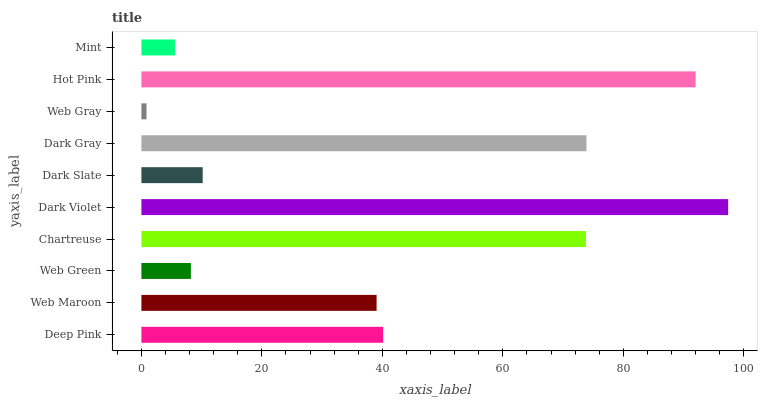
| yaxis_label | bars |
 | --- | --- |
 | Deep Pink | 40.1 |
 | Web Maroon | 39 |
 | Web Green | 8.22 |
 | Chartreuse | 73.8 |
 | Dark Violet | 97.4 |
 | Dark Slate | 10.2 |
 | Dark Gray | 73.9 |
 | Web Gray | 0.846 |
 | Hot Pink | 92 |
 | Mint | 5.57 |